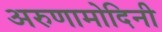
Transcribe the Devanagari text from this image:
अरुणामोदिनी